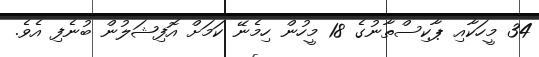
34 މީހަކާއި ޕާކިސްތާނުގެ 18 މީހުން ހިމެނޭ ކަމަށް އޮފިޝަލުން ބުނެފި އެވެ.